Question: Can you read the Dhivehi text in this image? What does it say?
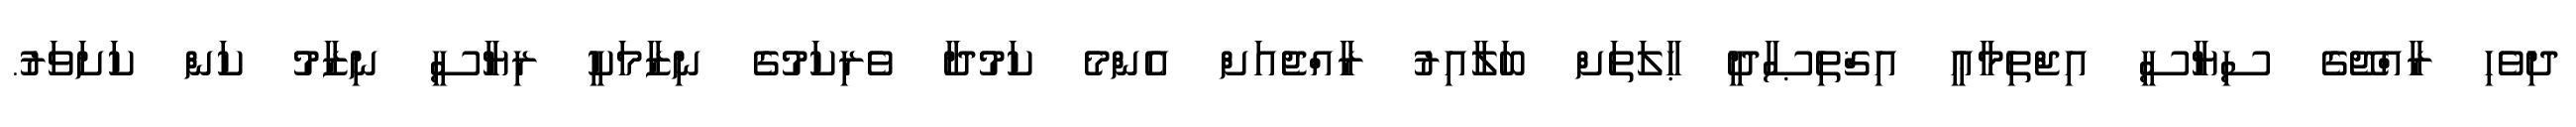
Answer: ދިވެހި ރާއްޖޭގެ ސިޔާސީ އިޖްތިމާޢީ އިޤްތިޞާދީ ޙާލަތަށް ބަލާއިރު ރާއްޖެއަށް އެންމެ ކަމުދާ ވެރިކަމުގެ ނިޒާމަކީ ރިޔާސީ ނިޒާމު ކަން ކަށަވަރު.